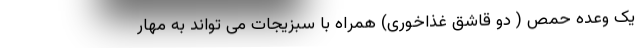
یک وعده حمص ( دو قاشق غذاخوری) همراه با سبزیجات می تواند به مهار